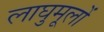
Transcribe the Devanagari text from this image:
लाघुमूलों